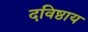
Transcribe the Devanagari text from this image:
दविष्ठाय